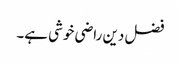
فضل دین راضی خوشی ہے۔